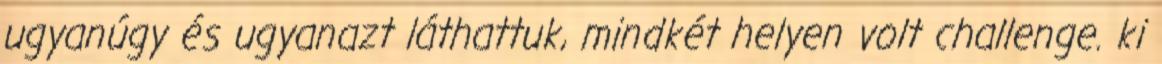
ugyanúgy és ugyanazt láthattuk, mindkét helyen volt challenge. ki